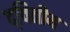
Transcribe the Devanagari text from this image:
द्‌वितीय